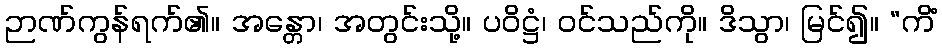
ဉာဏ်ကွန်ရက်၏။ အန္တော၊ အတွင်းသို့။ ပဝိဋ္ဌံ၊ ဝင်သည်ကို။ ဒိသွာ၊ မြင်၍။ “ကိံ